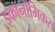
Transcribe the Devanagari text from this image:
इकॉनॉमिकस